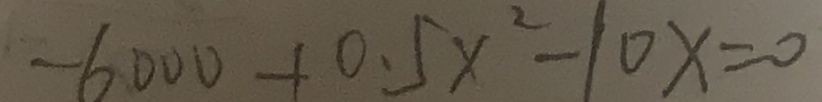
- 6 0 0 0 + 0 . 5 x ^ { 2 } - 1 0 x = 0